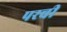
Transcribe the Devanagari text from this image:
परची